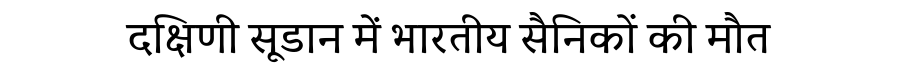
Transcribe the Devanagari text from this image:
दक्षिणी सूडान में भारतीय सैनिकों की मौत